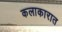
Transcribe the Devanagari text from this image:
कलाकारात